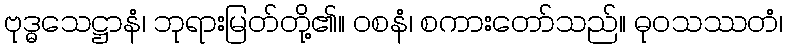
ဗုဒ္ဓသေဋ္ဌာနံ၊ ဘုရားမြတ်တို့၏။ ဝစနံ၊ စကားတော်သည်။ ဓုဝသဿတံ၊